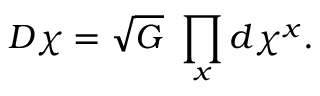
{ \cal D } \chi = \sqrt { G } \ \prod _ { x } d \chi ^ { x } .